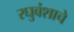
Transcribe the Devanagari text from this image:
रघुवंशाचे